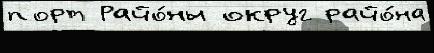
порт Райо́ны округ райо́на